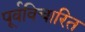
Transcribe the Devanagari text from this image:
पूर्वविचारित